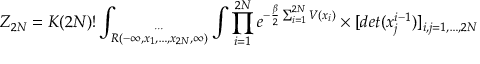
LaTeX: { \cal Z } _ { 2 N } = K ( 2 N ) ! \int _ { \stackrel { \cdots } { R ( - \infty , x _ { 1 } , \ldots , x _ { 2 N } , \infty ) } } \int \prod _ { i = 1 } ^ { 2 N } e ^ { - \frac { \beta } { 2 } \sum _ { i = 1 } ^ { 2 N } V ( x _ { i } ) } \times [ d e t ( x _ { j } ^ { i - 1 } ) ] _ { i , j = 1 , \ldots , 2 N }